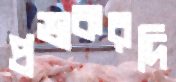
প্রভাকরদি